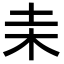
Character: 𣏅